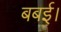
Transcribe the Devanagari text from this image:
बबई।